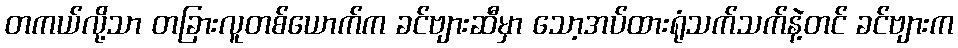
တကယ်လို့သာ တခြားလူတစ်ယောက်က ခင်ဗျားဆီမှာ သော့အပ်ထားရုံသက်သက်နဲ့တင် ခင်ဗျားက